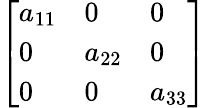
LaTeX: \left[\begin{array}{lll}{a_{11}}&{0}&{0}\\ {0}&{a_{22}}&{0}\\ {0}&{0}&{a_{33}}\end{array}\right]